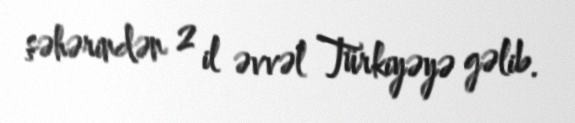
şəhərindən 2 il əvvəl Türkiyəyə gəlib.